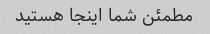
مطمئن شما اینجا هستید